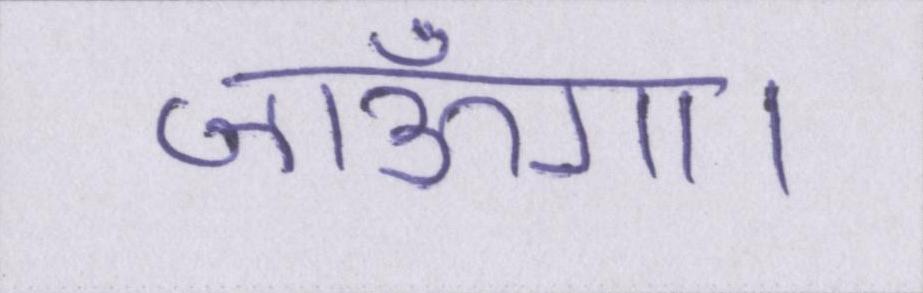
जाऊँगा।